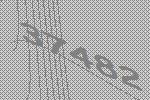
37482